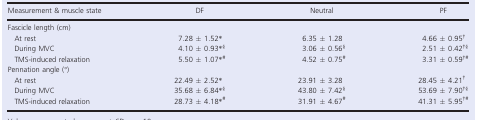
| Measurement & muscle state | DF | Neutral | PF |
 | --- | --- | --- | --- |
 | <COLSPAN=4> Fascicle length (cm) |
 | At rest | 7.28 ± 1.52* | 6.35 ± 1.28 | 4.66 ± 0.95† |
 | During MVC | 4.10 ± 0.93*§ | 3.06 ± 0.56§ | 2.51 ± 0.42†§ |
 | TMS‐induced relaxation | 5.50 ± 1.07*# | 4.52 ± 0.75# | 3.31 ± 0.59†# |
 | <COLSPAN=4> Pennation angle (°) |
 | At rest | 22.49 ± 2.52* | 23.91 ± 3.28 | 28.45 ± 4.21† |
 | During MVC | 35.68 ± 6.84*§ | 43.80 ± 7.42§ | 53.69 ± 7.90†§ |
 | TMS‐induced relaxation | 28.73 ± 4.18*# | 31.91 ± 4.67# | 41.31 ± 5.95†# |